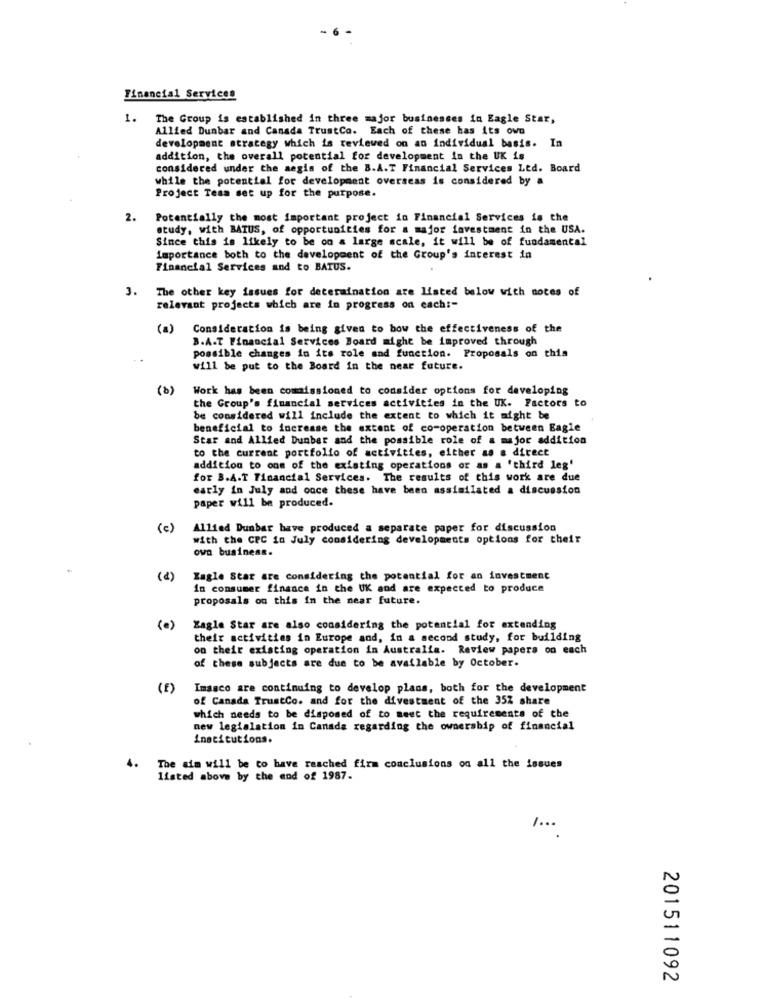
Financial Services
1.
The Group is established in three major businesses in Eagle Star,
Allied Dunbar and Canada TrustCo. Each of these has its own
development strategy which is reviewed on an individual basis. In
addition, the overall potential for development in the UK is
considered under the aegis of the B.A.T Financial Services Ltd. Board
while the potential for development overseas is considered by a
Project Tesa set up for the purpose.
2.
Potentially the most important project in Financial Services is the
study, with BATUS, of opportunities for a major investment in the USA.
Since this is likely to be on a large scale, it will be of fundamental
importance both to the development of the Group's interest in
Financial Services and to BATUS.
3.
The other key issues for determination are listed below with notes of
relevant projects which are in progress on each :-
(a)
Consideration is being given to bow the effectiveness of the
B.A.T Financial Services Board might be improved through
possible changes in its role and function. Proposals on this
will be put to the Board in the near future.
(b)
Work has been commissioned to consider options for developing
the Group's financial services activities in the UK. Factors to
be considered will include the extent to which it might be
beneficial to increase the extent of co-operation between Eagle
Star and Allied Dunbar and the possible role of a major addition
to the current portfolio of activities, either as a direct
addition to one of the existing operations or as a 'third leg'
for B.A.T Financial Services. The results of this work are due
early in July and once these have been assimilated a discussion
paper will be produced.
(c)
Allied Dunbar have produced a separate paper for discussion
with the CPC in July considering developments options for their
own business.
(d)
Eagle Star are considering the potential for an investment
in consumer finance in the UK and are expected to produce
proposals on this in the near future.
(0)
Zagle Star are also considering the potential for extending
their activities in Europe and, in a second study, for building
on their existing operation in Australia. Review papers on each
of these subjects are due to be available by October.
(E)
Imasco are continuing to develop plans, both for the development
of Canada TrustCo. and for the divestment of the 35% share
which needs to be disposed of to meet the requirements of the
new legislation in Canada regarding the ownership of financial
institutions.
4.
The aim will be to have reached firm conclusions on all the issues
listed above by the end of 1987.
201511092